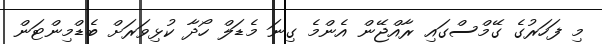
މި ފަހަރުގެ ގޭމްސްގައި ރާއްޖޭން އެންމެ ގިނަ މެޑަލް ހޯދާ ކުޅިވަރަށް ބެޑްމިންޓަން